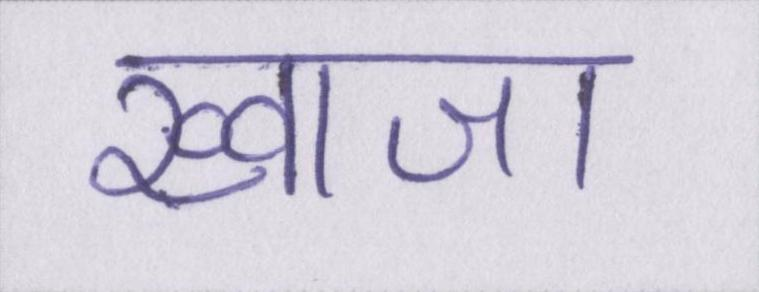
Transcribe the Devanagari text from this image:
ख्वाजा